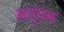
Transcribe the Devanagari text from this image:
आगुंतक